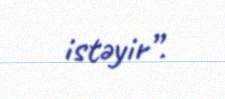
istəyir”.